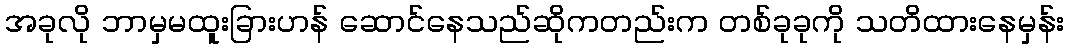
အခုလို ဘာမှမထူးခြားဟန် ဆောင်နေသည်ဆိုကတည်းက တစ်ခုခုကို သတိထားနေမှန်း